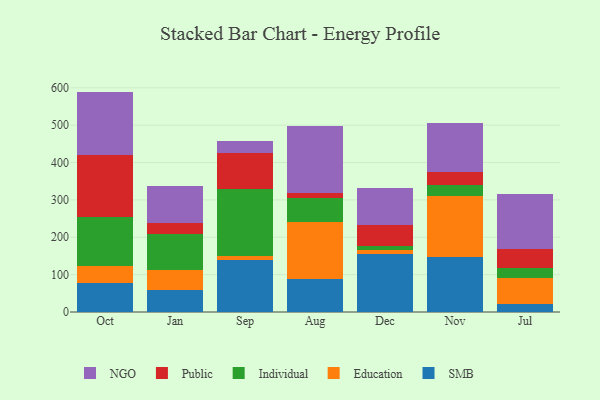
{"axis": {"x": "Month", "y": "Shipments"}, "legend": ["Education", "Individual", "NGO", "Public", "SMB"], "data": [{"x": "Oct", "y": 78.6, "type": "SMB"}, {"x": "Oct", "y": 44.3, "type": "Education"}, {"x": "Oct", "y": 131.8, "type": "Individual"}, {"x": "Oct", "y": 164.8, "type": "Public"}, {"x": "Oct", "y": 170.3, "type": "NGO"}, {"x": "Jan", "y": 58.5, "type": "SMB"}, {"x": "Jan", "y": 53.1, "type": "Education"}, {"x": "Jan", "y": 97.8, "type": "Individual"}, {"x": "Jan", "y": 29.6, "type": "Public"}, {"x": "Jan", "y": 98.6, "type": "NGO"}, {"x": "Sep", "y": 140.1, "type": "SMB"}, {"x": "Sep", "y": 10.9, "type": "Education"}, {"x": "Sep", "y": 179.3, "type": "Individual"}, {"x": "Sep", "y": 94.6, "type": "Public"}, {"x": "Sep", "y": 32.5, "type": "NGO"}, {"x": "Aug", "y": 88.4, "type": "SMB"}, {"x": "Aug", "y": 152.5, "type": "Education"}, {"x": "Aug", "y": 63.8, "type": "Individual"}, {"x": "Aug", "y": 14.9, "type": "Public"}, {"x": "Aug", "y": 176.9, "type": "NGO"}, {"x": "Dec", "y": 155.2, "type": "SMB"}, {"x": "Dec", "y": 10.5, "type": "Education"}, {"x": "Dec", "y": 10.2, "type": "Individual"}, {"x": "Dec", "y": 57.6, "type": "Public"}, {"x": "Dec", "y": 98.6, "type": "NGO"}, {"x": "Nov", "y": 146.5, "type": "SMB"}, {"x": "Nov", "y": 164.7, "type": "Education"}, {"x": "Nov", "y": 28.1, "type": "Individual"}, {"x": "Nov", "y": 34.9, "type": "Public"}, {"x": "Nov", "y": 131.3, "type": "NGO"}, {"x": "Jul", "y": 20.8, "type": "SMB"}, {"x": "Jul", "y": 70.2, "type": "Education"}, {"x": "Jul", "y": 26.7, "type": "Individual"}, {"x": "Jul", "y": 51.2, "type": "Public"}, {"x": "Jul", "y": 146.3, "type": "NGO"}]}